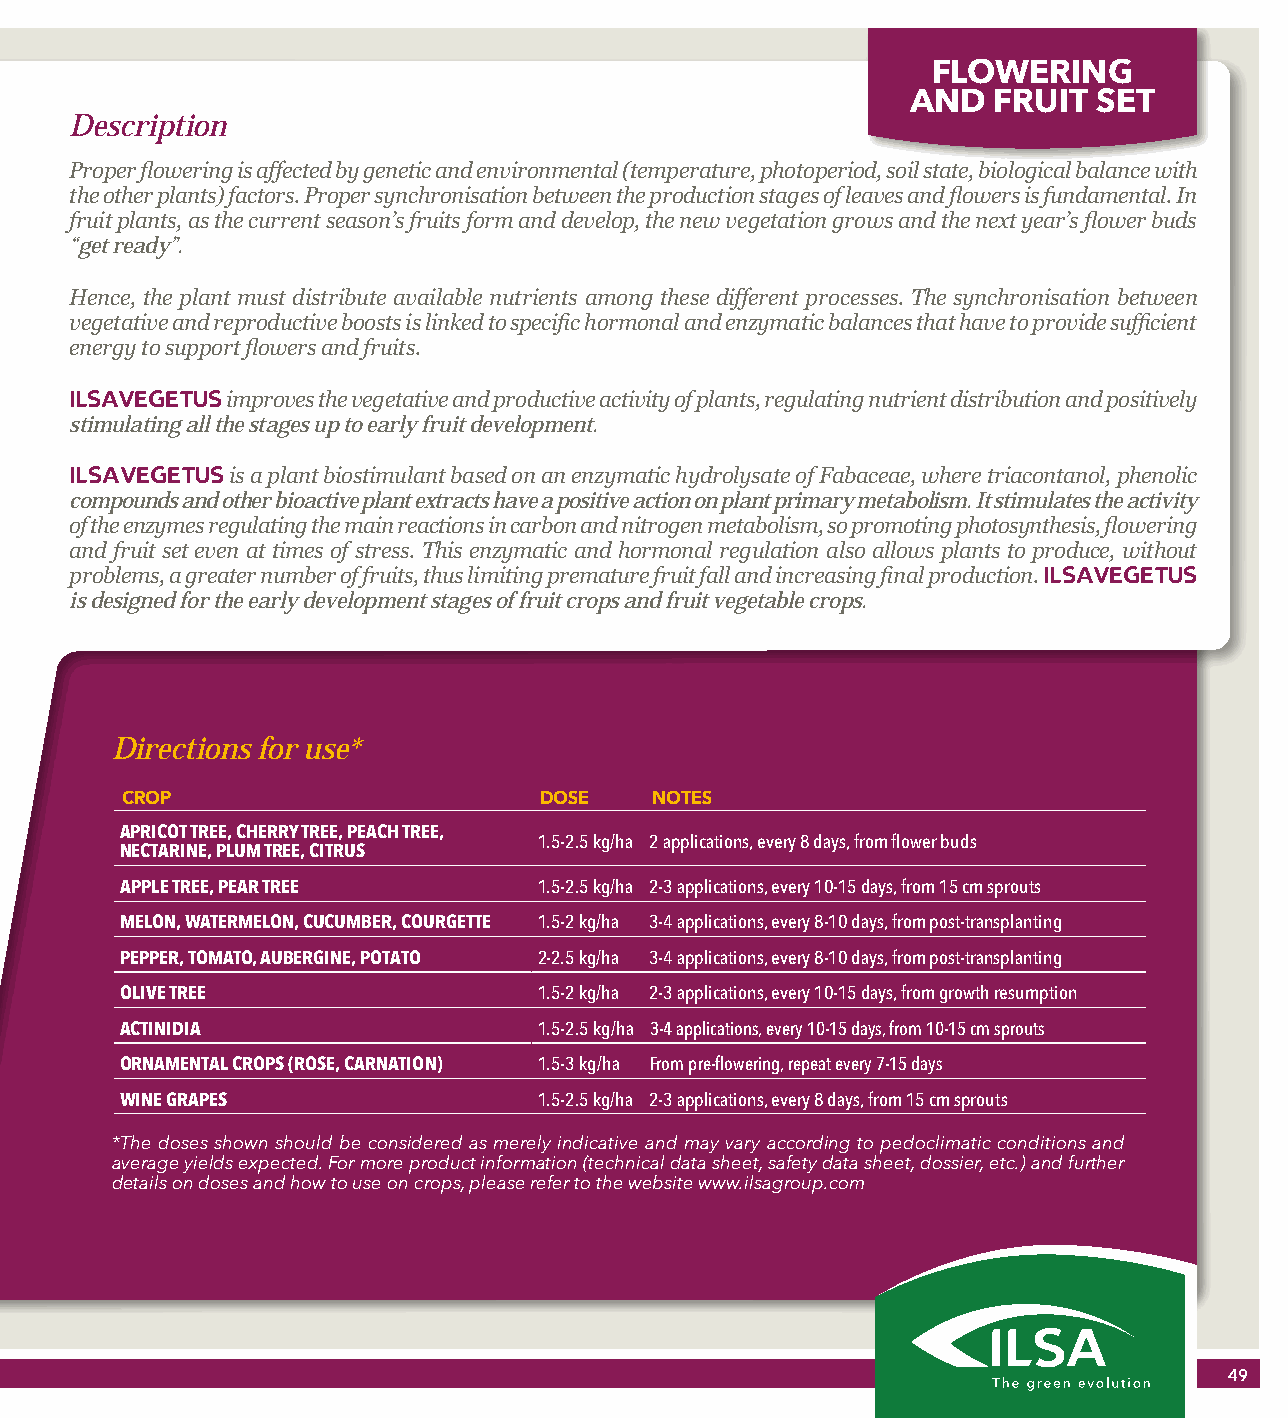
FLOWERING
 AND   FRUIT  SET
 Description
 Proper flowering is affected by genetic and environmental (temperature, photoperiod, soil state, biological balance with
 the other plants) factors. Proper synchronisation between the production stages of leaves and flowers is fundamental. In
 fruit plants, as the current season’s fruits form and develop, the new vegetation grows and the next year’s flower buds
 “get ready”.
 Hence, the plant must distribute available nutrients among these different processes. The synchronisation between
 vegetative and reproductive boosts is linked to specific hormonal and enzymatic balances that have to provide sufficient
 energy to support flowers and fruits.
 ILSAVEGETUS improves the vegetative and productive activity of plants, regulating nutrient distribution and positively
 stimulating all the stages up to early fruit development.
 ILSAVEGETUS is a plant biostimulant based on an enzymatic hydrolysate of Fabaceae, where triacontanol, phenolic
 compounds and other bioactive plant extracts have a positive action on plant primary metabolism. It stimulates the activity
 of the enzymes regulating the main reactions in carbon and nitrogen metabolism, so promoting photosynthesis, flowering
 and fruit set even at times of stress. This enzymatic and hormonal regulation also allows plants to produce, without
 problems, a greater number of fruits, thus limiting premature fruit fall and increasing final production. ILSAVEGETUS
 is designed for the early development stages of fruit crops and fruit vegetable crops.
 Directions for use*
 CROP                        DOSE   NOTES
 APRICOT TREE, CHERRY TREE, PEACH TREE,
 1.5-2.5 kg/ha 2 applications, every 8 days, from flower buds
 NECTARINE, PLUM TREE, CITRUS
 APPLE TREE, PEAR TREE       1.5-2.5 kg/ha 2-3 applications, every 10-15 days, from 15 cm sprouts
 MELON, WATERMELON, CUCUMBER, COURGETTE 1.5-2 kg/ha 3-4 applications, every 8-10 days, from post-transplanting
 PEPPER, TOMATO, AUBERGINE, POTATO 2-2.5 kg/ha 3-4 applications, every 8-10 days, from post-transplanting
 OLIVE TREE                  1.5-2 kg/ha 2-3 applications, every 10-15 days, from growth resumption
 ACTINIDIA                   1.5-2.5 kg/ha 3-4 applications, every 10-15 days, from 10-15 cm sprouts
 ORNAMENTAL CROPS (ROSE, CARNATION) 1.5-3 kg/ha From pre-flowering, repeat every 7-15 days
 WINE GRAPES                 1.5-2.5 kg/ha 2-3 applications, every 8 days, from 15 cm sprouts
 *The doses shown should be considered as merely indicative and may vary according to pedoclimatic conditions and
 average yields expected. For more product information (technical data sheet, safety data sheet, dossier, etc.) and further
 details on doses and how to use on crops, please refer to the website www.ilsagroup.com
 49